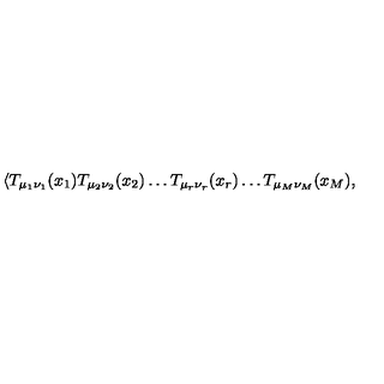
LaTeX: { \langle T _ { \mu _ { 1 } \nu _ { 1 } } ( x _ { 1 } ) T _ { \mu _ { 2 } \nu _ { 2 } } ( x _ { 2 } ) \dots T _ { \mu _ { r } \nu _ { r } } ( x _ { r } ) \dots T _ { \mu _ { M } \nu _ { M } } ( x _ { M } ) , }